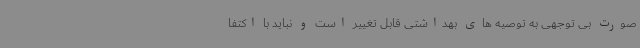
صورت بی توجهی به توصیه های بهداشتی قابل تغییر است و نباید با اکتفا